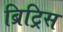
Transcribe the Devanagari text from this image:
ब्रिट्रिस